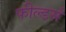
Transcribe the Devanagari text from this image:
फील्डर्स